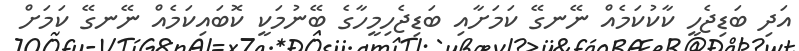
އަދި ބަޑިޖެހީ ކާކުކަމެއް ނޭނގޭ ކަމަށާއި ބަޑިޖެހިމީހާގެ ބޭނުމަކީ ކޮބައިކަމެއް ނޭނގޭ ކަމަށް